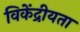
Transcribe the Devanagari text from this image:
विकेंद्रीयता